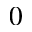
0